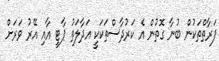
ފަރާތްތަކުން ބުނާ ގޮތުން އެ ކަރުދާސްތަކަކީ އަދާލަތު ޕާޓީ އާއި އޭރު ވަރަށް